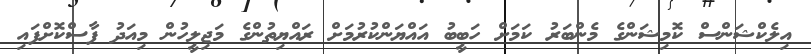
އިލެކްޝަންސް ކޮމިޝަންގެ މެންބަރު ކަމަށް ހަބީބު އައްޔަންކުރުމަށް ރައްޔިތުންގެ މަޖިލީހުން މިއަދު ފާސްކޮށްފައި